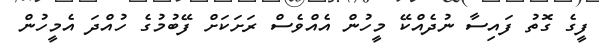
ފީގެ ގޮތު ފައިސާ ނުދެއްކޭ މީހުން އެއްވެސް ރަށަކަށް ފޭބުމުގެ ހުއްދަ އެމީހުން